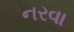
નરવા